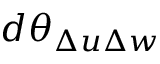
d \theta _ { \Delta u \Delta w }